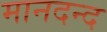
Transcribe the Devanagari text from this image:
मानदन्द